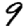
Digit: 9